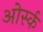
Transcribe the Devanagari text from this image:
ओर्स्क